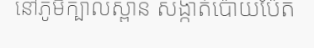
នៅភូមិក្បាលស្ពាន សង្កាត់ប៉ោយប៉ែត